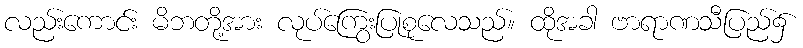
လည်းကောင်း မိဘတို့အား လုပ်ကြွေးပြုစုလေသည်။ ထိုအခါ ဗာရာဏသီပြည်၌